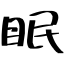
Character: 眠